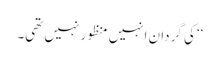
‘‘ کی گردان انہیں منظور نہیں تھی۔